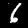
Digit: 6